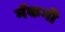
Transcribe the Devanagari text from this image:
मॅकगी